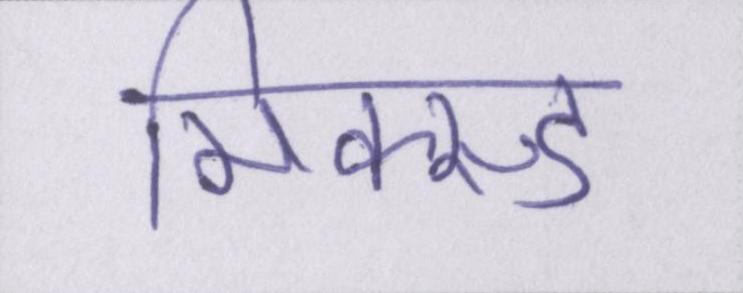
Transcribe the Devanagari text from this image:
मिक्स्ड